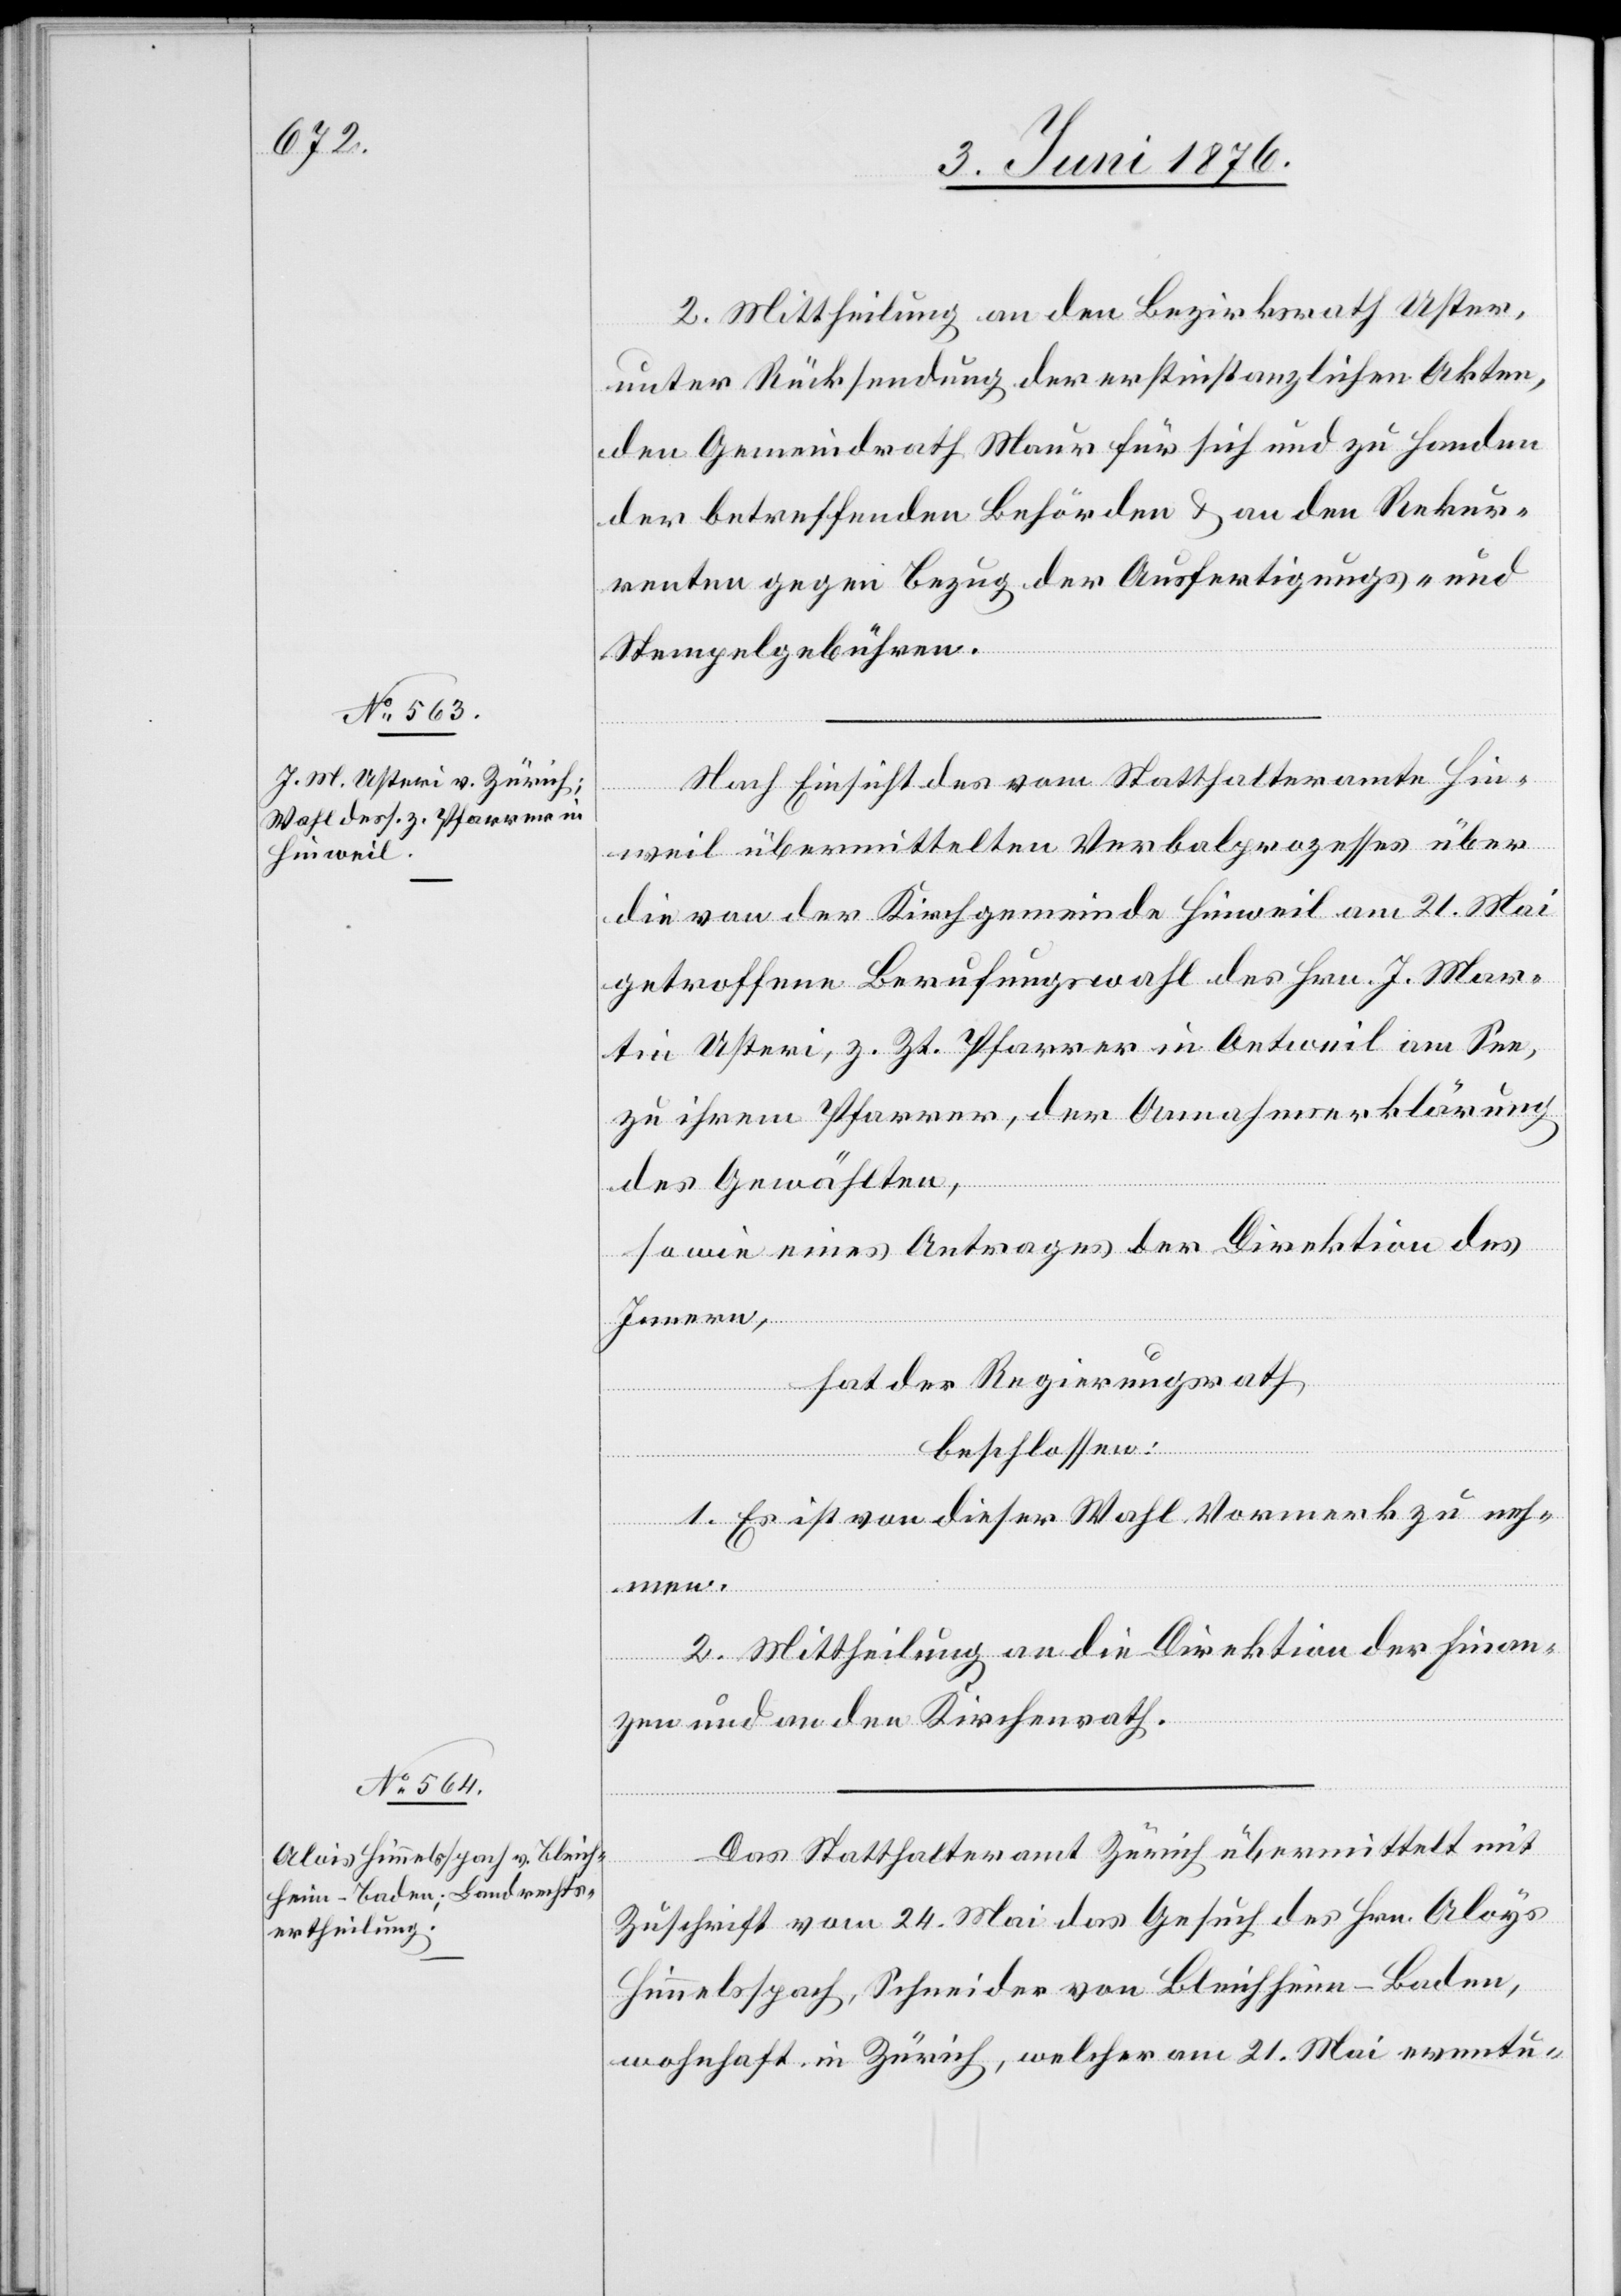
2. Mittheilung an den Bezirksrath Uster,
unter Rücksendung der erstinstanzlichen Akten,
den Gemeindrath Maur für sich und zu Handen
der betreffenden Behörden & an den Rekur¬
renten gegen Bezug der Ausfertigungs- und
Stempelgebühren.
Nach Einsicht des vom Statthalteramte Hin¬
weil übermittelten Verbalprozesses über
die von der Kirchgemeinde Hinweil am 21. Mai
getroffenen Berufungswahl des Hrn. J. Mar¬
tin Usteri, z. Zt. Pfarrer in Oetweil am See,
zu ihrem Pfarrer, der Annahmeerklärung
des Gewählten,
sowie eines Antrages der Direktion des
Innern,
hat der Regierungsrath,
beschlossen:
1. Es ist von dieser Wahl Vormerk zu neh¬
men.
2. Mittheilung an die Direktion der Finan¬
zen und an den Kirchenrath.
Das Statthalteramt Zürich übermittelt mit
Zuschrift vom 24. Mai das Gesuch des Hrn. Aloys
Himmelsspach, Schneider von Bleichheim - Baden,
wohnhaft in Zürich, welcher am 21. Mai eventu-